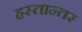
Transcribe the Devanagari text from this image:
हस्तान्तर